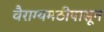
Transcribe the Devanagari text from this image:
वैराग्यमठीपासून